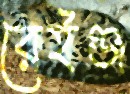
রেইঞ্জ